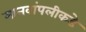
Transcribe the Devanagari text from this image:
मानवांपलीकडे